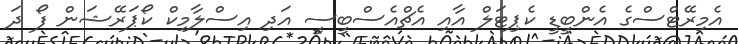
އެމިރޭޓްސްގެ އެންބީޑީ ކެޕިޓަލް އާއި އެޗްއެސްބީސީ އަދި އިސްލާމިކް ކޯޕަރޭޝަން ފޯ ދަ